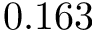
0 . 1 6 3